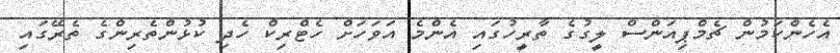
އެހެންކަމުން ޗެމްޕިއަންސް ލީގުގެ ތާރީހުގައި އެންމެ އަވަހަށް ހެޓްރިކް ހެދި ކުޅުންތެރިންގެ ތެރޭގައި